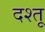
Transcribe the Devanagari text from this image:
दश्तू